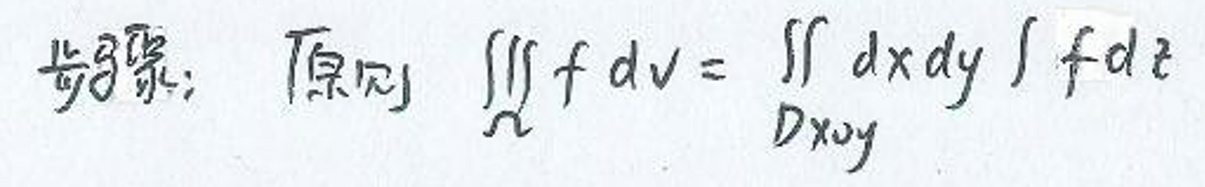
步骤： 原则 $\underset{\Omega}{\iiint} f\mathrm{d}v = \underset{D_{xy}}{\iint} \mathrm{d}x\mathrm{d}y\int f\mathrm{d}z$